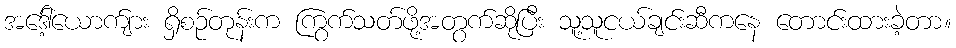
အဒေါ့်ယောက်ျား ရှိစဉ်တုန်းက ကြွက်သတ်ဖို့အတွက်ဆိုပြီး သူ့သူငယ်ချင်းဆီကနေ တောင်းထားခဲ့တာ။